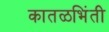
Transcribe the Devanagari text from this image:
कातळभिंती